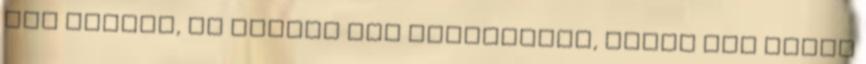
más mimika, és kicsit más mozdulatok, máris egy totál